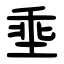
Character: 埀